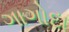
ગાગોદા